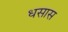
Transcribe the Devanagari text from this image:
धसास